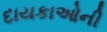
દાયકાઓની